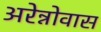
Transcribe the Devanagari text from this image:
अरेन्नोवास